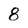
Character: 8